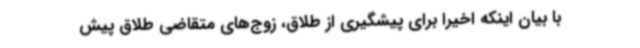
با بیان اینکه اخیرا برای پیشگیری از طلاق، زوج‌های متقاضی طلاق پیش